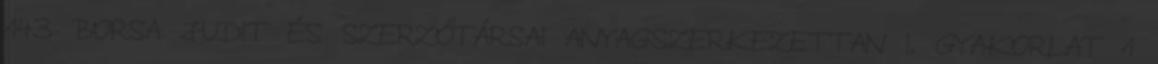
143 BORSA JUDIT ÉS SZERZŐTÁRSAI ANYAGSZERKEZETTAN I. GYAKORLAT 1